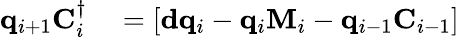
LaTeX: \begin{array}{rl}{\mathbf{q}_{i+1}\mathbf{C}_{i}^{\dagger}}&{{}=\left[\mathbf{d}\mathbf{q}_{i}-\mathbf{q}_{i}\mathbf{M}_{i}-\mathbf{q}_{i-1}\mathbf{C}_{i-1}\right]}\end{array}